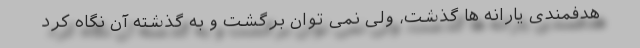
هدفمندی یارانه ها گذشت، ولی نمی توان برگشت و به گذشته آن نگاه کرد